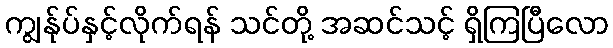
ကျွန်ုပ်နှင့်လိုက်ရန် သင်တို့ အဆင်သင့် ရှိကြပြီလော